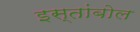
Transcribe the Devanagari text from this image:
इस्तांबोल